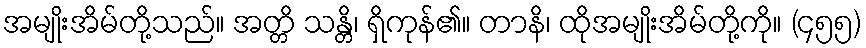
အမျိုးအိမ်တို့သည်။ အတ္တိ သန္တိ၊ ရှိကုန်၏။ တာနိ၊ ထိုအမျိုးအိမ်တို့ကို။ (၄၅၅)